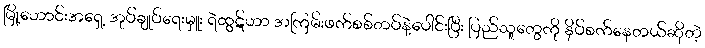
မြို့ဟောင်းအရှေ့ အုပ်ချုပ်ရေးမှူး ရဲထွဋ်ဟာ အကြမ်းဖက်စစ်တပ်နဲ့ပေါင်းပြီး ပြည်သူတွေကို နှိပ်စက်နေတယ်ဆိုတဲ့